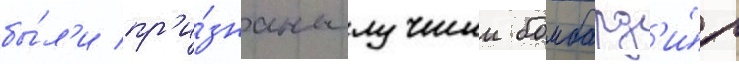
бы́л'и пр'и́знаны лучшии бомбард'и́р